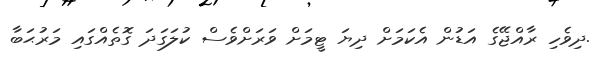
.ދިވެހި ރާއްޖޭގެ އަޑުން އެކަމަށް ދިޔަ ޓީމަށް ވަރަށްވެސް ކުލަގަދަ ގޮތެއްގައި މަރުޙަބާ